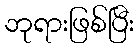
ဘုရားဖြစ်ပြီး